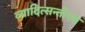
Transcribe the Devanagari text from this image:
व्यादित्सन्तीरथ